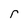
Character: r